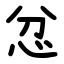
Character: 忿